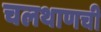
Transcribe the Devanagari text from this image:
चलथाणची